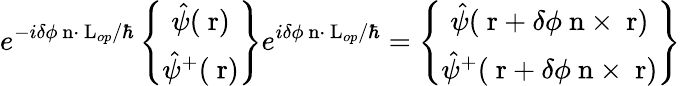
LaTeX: e^{-i\delta\phi\mathrm{\mathbf~n}\cdot\mathrm{\mathbf~L}_{op}/\hbar}\left\{ \begin{array}{c}{\hat{\psi}(\mathrm{\mathbf~r})}\\ {\hat{\psi}^{+}(\mathrm{\mathbf~r})}\end{array}\right\} e^{i\delta\phi\mathrm{\mathbf~n}\cdot\mathrm{\mathbf~L}_{op}/\hbar}=\left\{ \begin{array}{c}{\hat{\psi}(\mathrm{\mathbf~r}+\delta\phi\mathrm{\mathbf~n}\times\mathrm{\mathbf~r})}\\ {\hat{\psi}^{+}(\mathrm{\mathbf~r}+\delta\phi\mathrm{\mathbf~n}\times\mathrm{\mathbf~r})}\end{array}\right\}